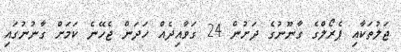
ޖަލުތަކާއި ޕެރޯލްގެ ގާނޫނުގެ ދަށުން 24 ގަވާއިދެއް ހަދަން ޖެހޭނެ ކަމަށް ގާނުނުގައި